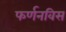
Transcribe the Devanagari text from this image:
फर्णनविस